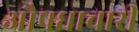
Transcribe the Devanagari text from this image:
औषधाचारी